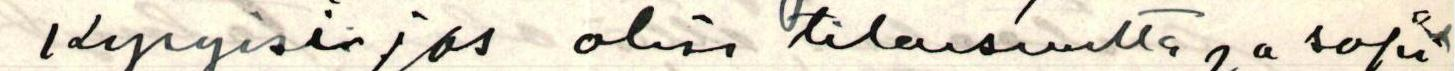
kysyisi jos olisi tilaisuutta ja sopi